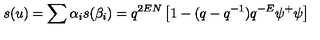
s ( u ) = \sum \alpha _ { i } s ( \beta _ { i } ) = q ^ { 2 E N } \left[ 1 - ( q - q ^ { - 1 } ) q ^ { - E } \psi ^ { + } \psi \right]